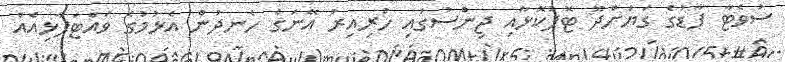
ސުވެޓާ ފާޑުގެ ގަޔަށްދޫ ޓޮޕުކޮޅާއި ޖިންސުގައި ހުރިއިރު އޭނަގެ ހެނދުން އެޅުމުގެ ވައްޓަފާޅިއެއް